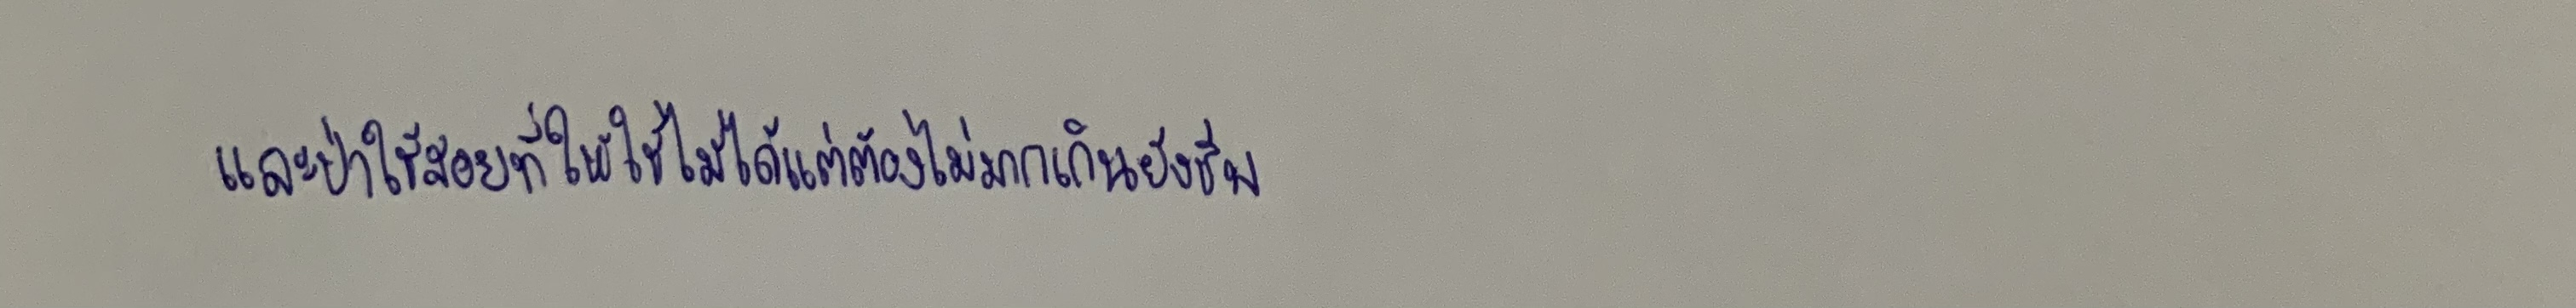
และป่าใช้สอยที่ให้ใช้ไม้ได้แต่ต้องไม่มากเกินยังชีพ